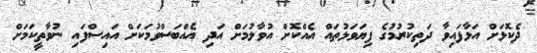
ދެކޮޅަށް އަޅާފައިވާ ދަތިކުރުމުގެ ފިޔަވަޅުތައް އެއްކޮށް އުވާލުމަށް އަދި އެއްބަސްވުމަކަށް އައިސްފައި ނުވާތީކަމަށް